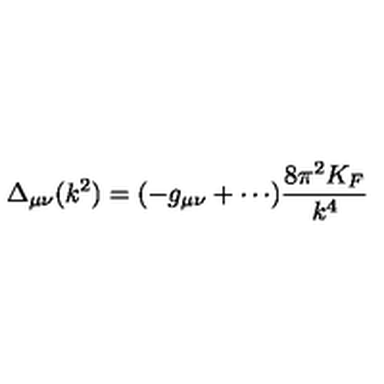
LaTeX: \Delta _ { \mu \nu } ( k ^ { 2 } ) = ( - g _ { \mu \nu } + \cdots ) \frac { 8 \pi ^ { 2 } K _ { F } } { k ^ { 4 } }